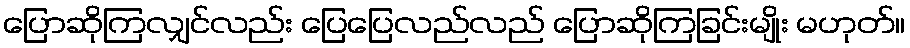
ပြောဆိုကြလျှင်လည်း ပြေပြေလည်လည် ပြောဆိုကြခြင်းမျိုး မဟုတ်။